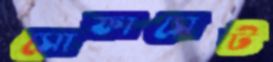
সোফাসেট